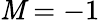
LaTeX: \mathit{M}=-1